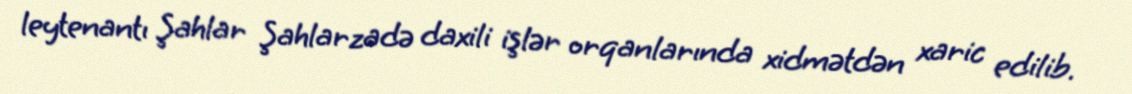
leytenantı Şahlar Şahlarzadə daxili işlər orqanlarında xidmətdən xaric edilib.